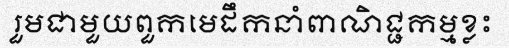
រួមជាមួយពួកមេដឹកនាំពាណិជ្ជកម្មខ្លះ